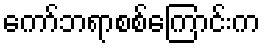
ကော်ဘရာစစ်ကြောင်းက